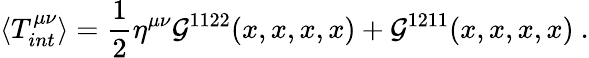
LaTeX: \langle T_{int}^{\mu\nu}\rangle=\frac{1}{2}\eta^{\mu\nu}{\cal{G}}^{1122}(x,x,x,x)+{\cal{G}}^{1211}(x,x,x,x)\ .